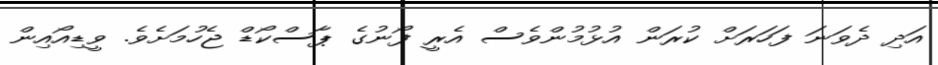
އަދި ދެވަނަ ފަހަރަށް ކުރަން އުޅުމުންވެސް އެރީ ފޯނުގެ ޕާސްކޯޑް ޖެހުމަށެވެ. ވީޑިއޯއިން